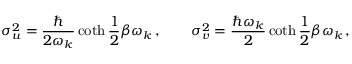
\sigma _ { u } ^ { 2 } = \frac { \hbar } { 2 \omega _ { k } } \coth \frac 1 2 \beta \omega _ { k } \, , \qquad \sigma _ { v } ^ { 2 } = \frac { \hbar \omega _ { k } } { 2 } \coth \frac 1 2 \beta \omega _ { k } \, ,